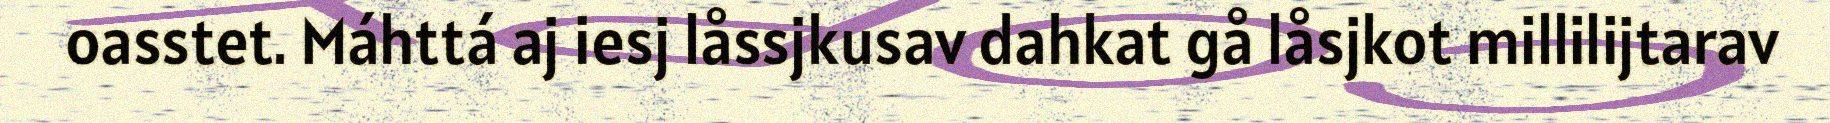
oasstet. Máhttá aj iesj låssjkusav dahkat gå låsjkot millilijtarav